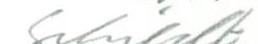
Schildt